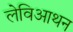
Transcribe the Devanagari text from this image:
लेविआथन